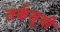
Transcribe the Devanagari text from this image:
तर्कसूची